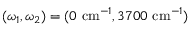
( \omega _ { 1 } , \omega _ { 2 } ) = ( 0 ~ \mathrm { c m } ^ { - 1 } , 3 7 0 0 ~ \mathrm { c m } ^ { - 1 } )